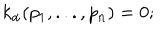
k _ { \alpha } ( p _ { 1 } , . . . , p _ { n } ) = 0 ;